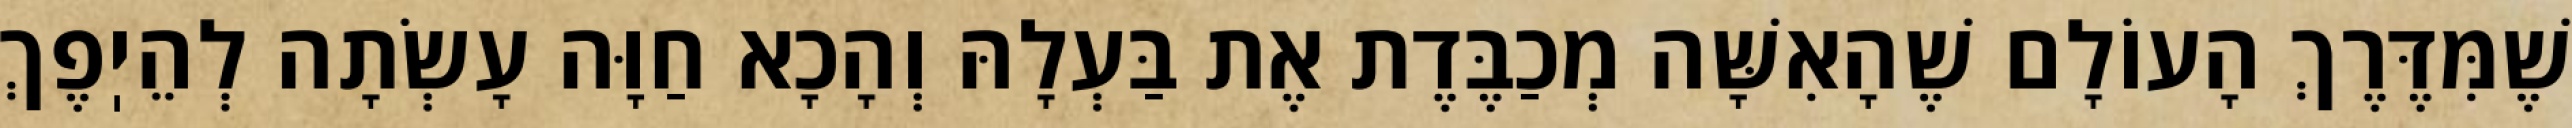
שֶׁמִּדֶּרֶךְ הָעוֹלָם שֶׁהָאִשָּׁה מְכַבֶּדֶת אֶת בַּעְלָהּ וְהָכָא חַוָּה עָשְׂתָה לְהֵיֽפֶךְ